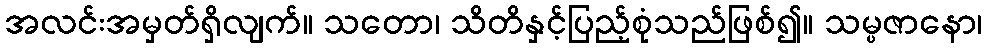
အလင်းအမှတ်ရှိလျက်။ သတော၊ သိတိနှင့်ပြည့်စုံသည်ဖြစ်၍။ သမ္ပဇာနော၊